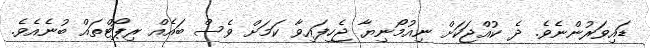
ޑައިވަރުންނެވެ. ދެ ކުއްޖަކަށް ނިއުމޯނިޔާ ޖެހިފައިވާ ކަމަށް ވެސް ބައެއް ރިޕޯޓްތައް ބުނެއެވެ.